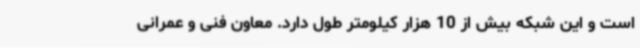
است و این شبکه بیش از 10 هزار کیلومتر طول دارد. معاون فنی و عمرانی